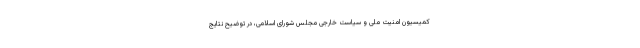
کمیسیون امنیت ملی و سیاست خارجی مجلس شورای اسلامی، در توضیح نتایج